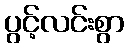
ပွင့်လင်းစွာ